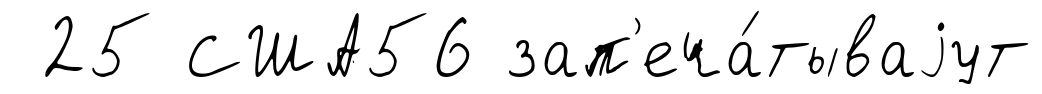
25 США56 зап'еча́тываjут